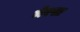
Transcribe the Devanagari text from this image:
मेरसा